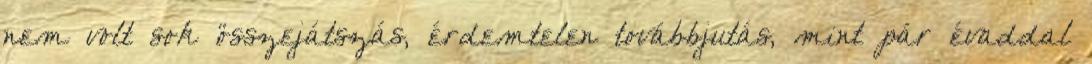
nem volt sok összejátszás, érdemtelen továbbjutás, mint pár évaddal